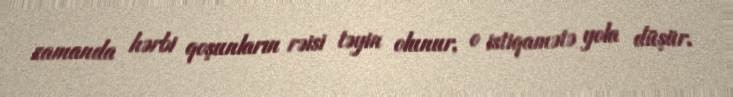
zamanda hərbi qoşunların rəisi təyin olunur, o istiqamətə yola düşür.